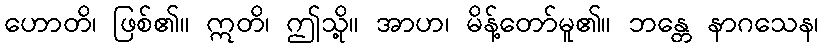
ဟောတိ၊ ဖြစ်၏။ ဣတိ၊ ဤသို့။ အာဟ၊ မိန့်တော်မူ၏။ ဘန္တေ နာဂသေန၊